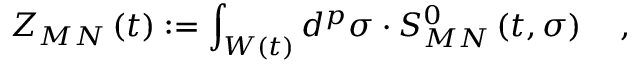
Z _ { M N } \left( t \right) : = \int _ { W \left( t \right) } d ^ { p } \sigma \cdot S _ { M N } ^ { 0 } \left( t , \sigma \right) \quad ,